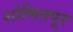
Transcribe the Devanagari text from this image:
शोणितपूर